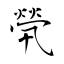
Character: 煢